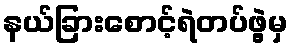
နယ်ခြားစောင့်ရဲတပ်ဖွဲ့မှ